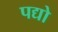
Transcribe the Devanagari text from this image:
पद्यो